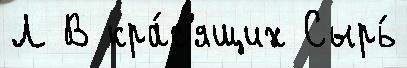
Л В кра́с'ящих Сырь́